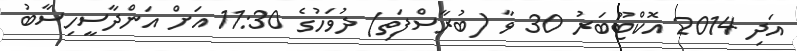
އަދި 2014 އޮކްޓޫބަރު 30 ވާ (ބުރާސްފަތި) ދުވަހުގެ 11:30 އަށް އަންދާސީހިސާބު